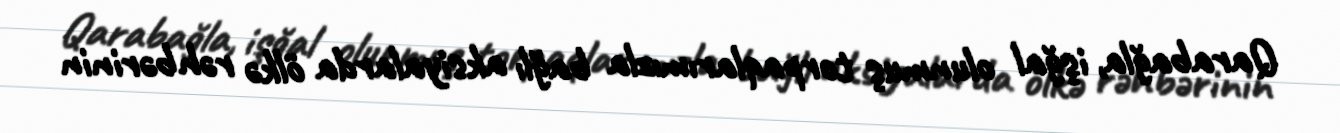
Qarabağla, işğal olunmuş torpaqlarımızla bağlı aksiyalarda ölkə rəhbərinin